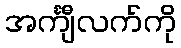
အင်္ကျီလက်ကို